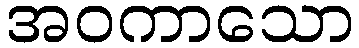
အဝကာသော